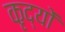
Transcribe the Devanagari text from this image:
कृद्यों